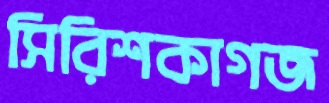
সিরিশকাগজ